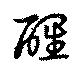
醒